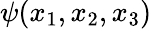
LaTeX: \psi(x_{1},x_{2},x_{3})